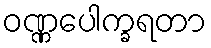
ဝဏ္ဏပေါက္ခရတာ